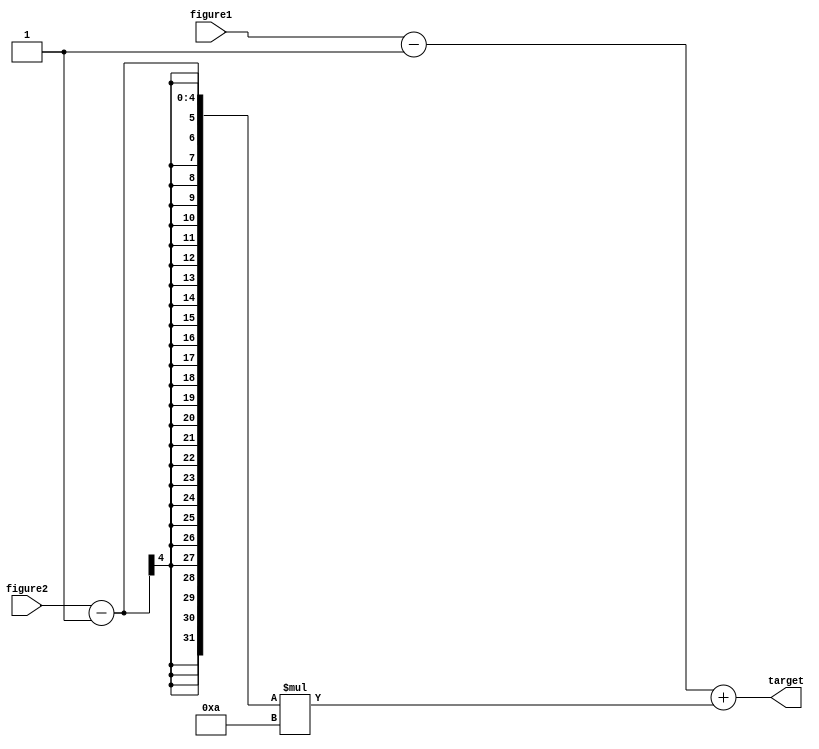
`timescale 1ns / 1ps
//////////////////////////////////////////////////////////////////////////////////
// Company: 
// Engineer: 
// 
// Design Name: 
// Module Name: convert_target
// Project Name: 
// Target Devices: 
// Tool Versions: 
// Description: 
// 
// Dependencies: 
// 
// Revision:
// Revision 0.01 - File Created
// Additional Comments:
// 
//////////////////////////////////////////////////////////////////////////////////


module convert_target(input [3:0] figure1, figure2, output [4:0] target);
    assign target = (figure1 - 1) + ((figure2)-1)*10;
endmodule